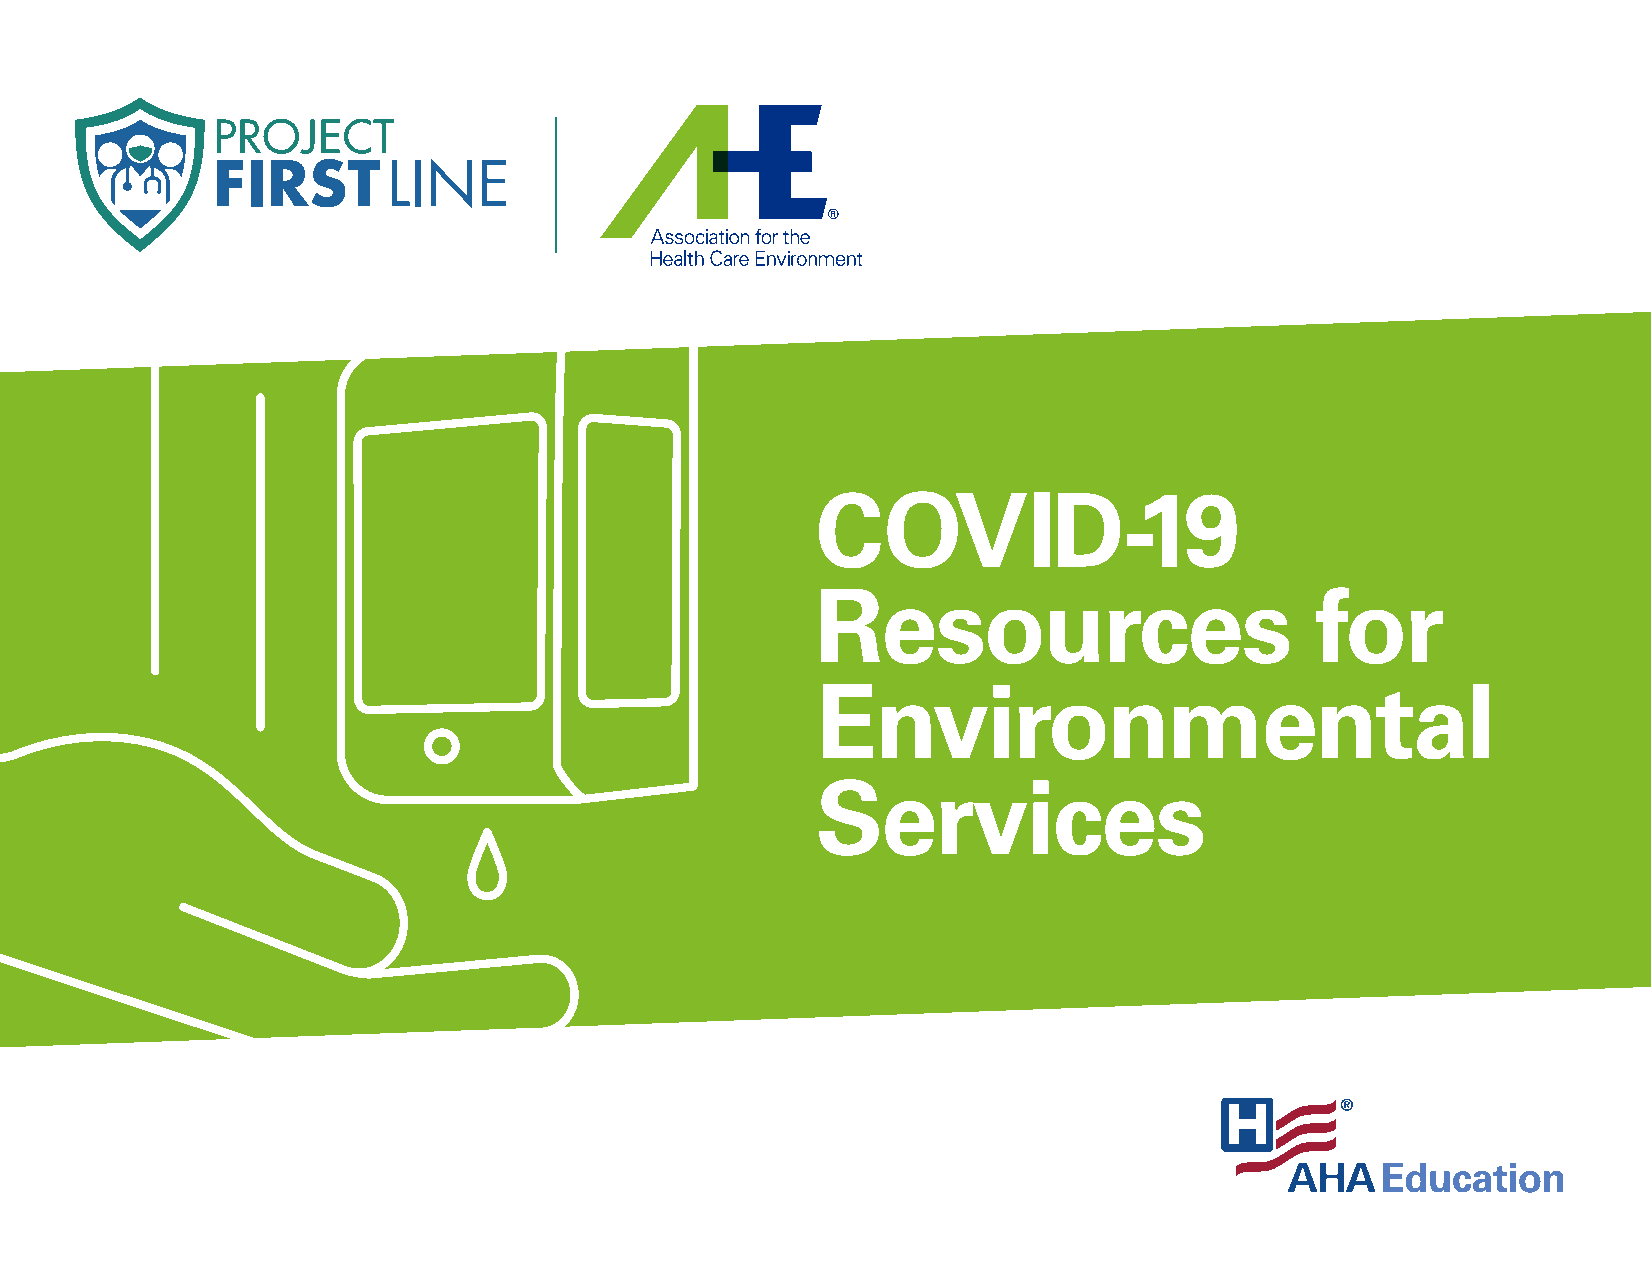
COVID-19
 Resources                        for
 Environmental
 Services